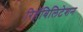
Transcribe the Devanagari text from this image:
रिहॅबिलिटेशन